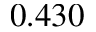
0 . 4 3 0